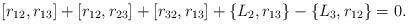
LaTeX: \begin{align*} [r_{12},r_{13}]+[r_{12},r_{23}]+[r_{32},r_{13}]+ \{L_2,r_{13}\}- \{L_3,r_{12}\} = 0.\end{align*}